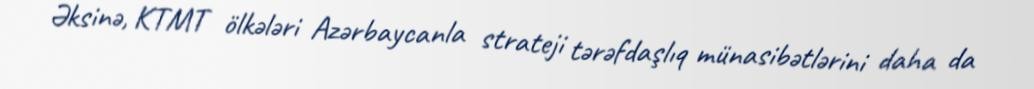
Əksinə, KTMT ölkələri Azərbaycanla strateji tərəfdaşlıq münasibətlərini daha da